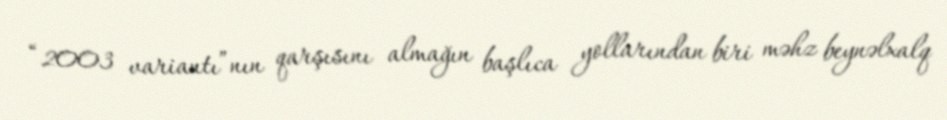
“2003 variantı”nın qarşısını almağın başlıca yollarından biri məhz beynəlxalq